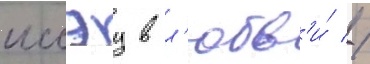
иссэу в л'юбв'и́ //